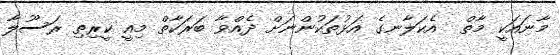
މާނައަކީ މާތް  އެކަލާނގެ އަޅުތަކުންނަށް ދެއްވާ ބަރަކާތް މިއީ ކީރިތި ރަސޫލާ